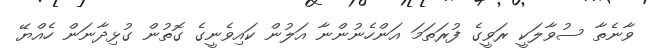
ވާނެތާ ސުވާލަކީ ރަވީގެ ފުރަތަމަ އަންހެނުންނާ އަލުން ކައިވެނީގެ ގޮތުން ގުޅިދާނަން ހެއްޔޭ